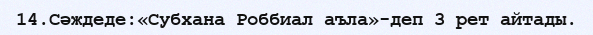
14.Сәждеде:«Субхана Роббиал аъла»-деп 3 рет айтады.